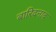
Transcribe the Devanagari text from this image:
बारिदनाद